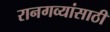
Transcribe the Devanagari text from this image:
रानगव्यांसाठी